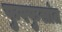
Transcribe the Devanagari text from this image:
फुफ्फुसांत